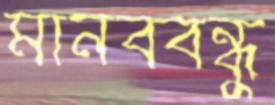
মানববন্ধু